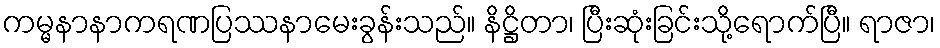
ကမ္မနာနာကရဏပြဿနာမေးခွန်းသည်။ နိဋ္ဌိတာ၊ ပြီးဆုံးခြင်းသို့ရောက်ပြီ။ ရာဇာ၊